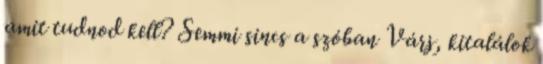
amit tudnod kell? Semmi sincs a szóban Várj, kitalálok